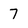
Character: 7